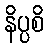
နိပ္ပစိ